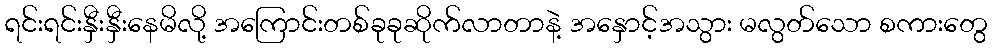
ရင်းရင်းနှီးနှီးနေမိလို့ အကြောင်းတစ်ခုခုဆိုက်လာတာနဲ့ အနှောင့်အသွား မလွတ်သော စကားတွေ